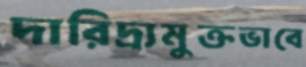
দারিদ্র্যমুক্তভাবে